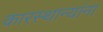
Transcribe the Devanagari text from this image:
कारस्थान्यांना